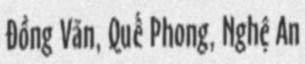
Đồng Văn, Quế Phong, Nghệ An